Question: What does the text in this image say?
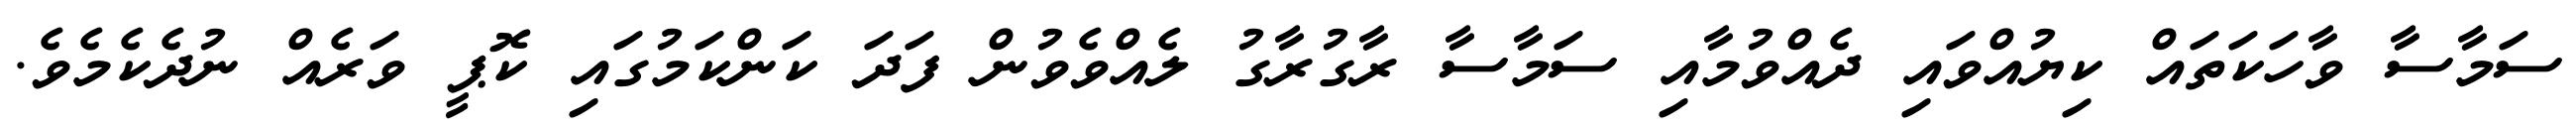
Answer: ސަމާސާ ވާހަކަތައް ކިޔުއްވައި ދެއްވުމާއި ސަމާސާ ރާގުރާގު ލެއްވެވުން ފަދަ ކަންކަމުގައި ކޮޕީ ވަރެއް ނުދެކެމެވެ.